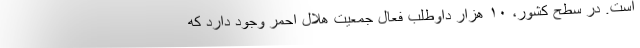
است. در سطح کشور، ۱۰ هزار داوطلب فعال جمعیت هلال احمر وجود دارد که